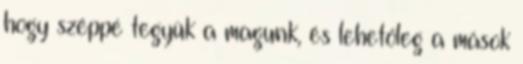
hogy széppé tegyük a magunk, és lehetőleg a mások